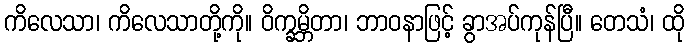
ကိလေသာ၊ ကိလေသာတို့ကို။ ဝိက္ခမ္ဘိတာ၊ ဘာဝနာဖြင့် ခွာအပ်ကုန်ပြီ။ တေသံ၊ ထို